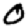
Digit: 0